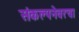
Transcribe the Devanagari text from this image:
संकल्पनेवरचा